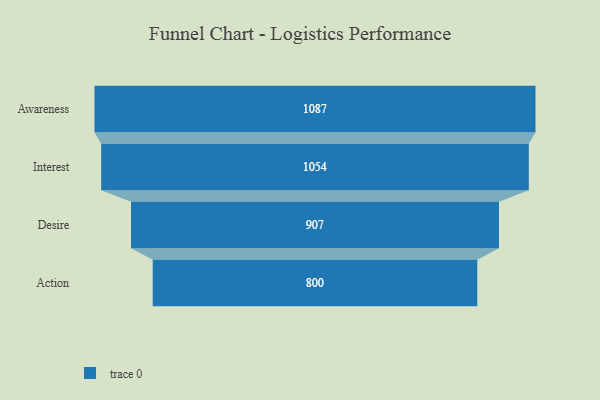
{"axis": {"x": "Stage", "y": "Value"}, "legend": [""], "data": [{"x": "Awareness", "y": 1087.0, "type": ""}, {"x": "Interest", "y": 1054.0, "type": ""}, {"x": "Desire", "y": 907.0, "type": ""}, {"x": "Action", "y": 800.0, "type": ""}]}